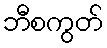
ဘီစကွတ်